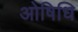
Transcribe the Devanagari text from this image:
ओषिधि